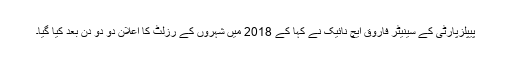
پیپلزپارٹی کے سینیٹر فاروق ایچ نائیک نے کہا کے 2018 میں شہروں کے رزلٹ کا اعلان دو دو دن بعد کیا گیا۔